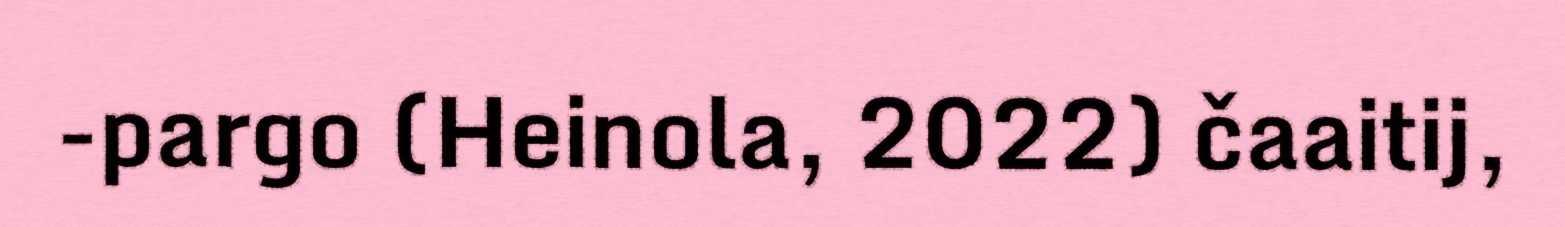
-pargo (Heinola, 2022) čaaitij,